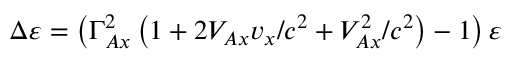
\Delta \varepsilon = \left( \Gamma _ { A x } ^ { 2 } \left( 1 + 2 V _ { A x } v _ { x } / c ^ { 2 } + V _ { A x } ^ { 2 } / c ^ { 2 } \right) - 1 \right) \varepsilon